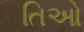
તિઓ